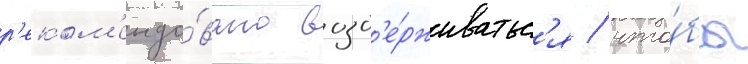
р'еком'ендо́вано возд'е́рживатьс'я / что́бы